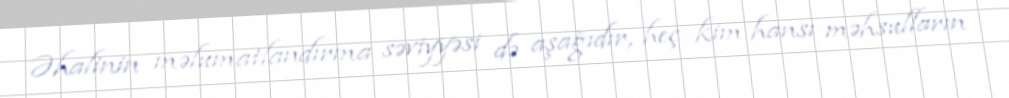
Əhalinin məlumatlandırma səviyyəsi də aşağıdır, heç kim hansı məhsulların